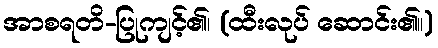
အာစရတိ-ပြုကျင့်၏၊ (ထီးလုပ် ဆောင်း၏။)